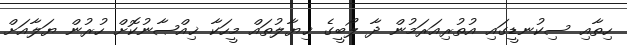
ހިތާއި ސިކުނޑީގައި އުތުރިއަރަމުން ދާ ލޯބީގެ ޚިޔާލުތައް މީހަކާ ޚިއްޞާނުކޮށް ހުރުން ޔަލާއަށް